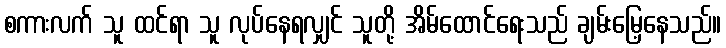
စကားလက် သူ ထင်ရာ သူ လုပ်နေရလျှင် သူတို့ အိမ်ထောင်ရေးသည် ချမ်းမြေ့နေသည်။